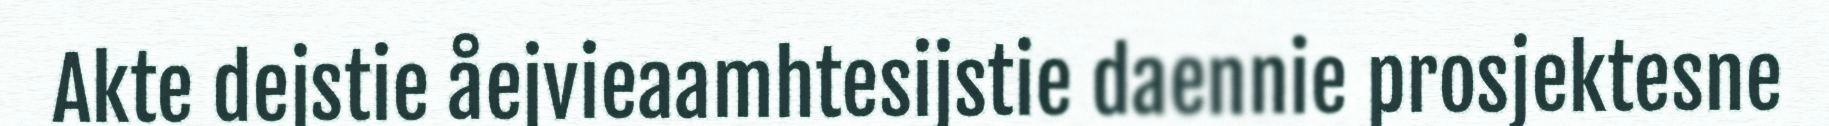
Akte dejstie åejvieaamhtesijstie daennie prosjektesne